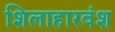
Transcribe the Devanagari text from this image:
शिलाहारवंश